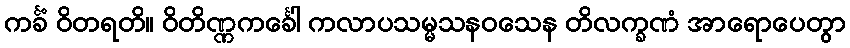
ကင်္ခံ ဝိတရတိ။ ဝိတိဏ္ဏကင်္ခေါ ကလာပသမ္မသနဝသေန တိလက္ခဏံ အာရောပေတွာ